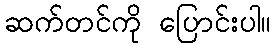
ဆက်တင်ကို ပြောင်းပါ။